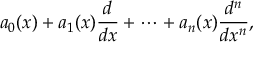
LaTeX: a _ { 0 } ( x ) + a _ { 1 } ( x ) { \frac { d } { d x } } + \cdots + a _ { n } ( x ) { \frac { d ^ { n } } { d x ^ { n } } } ,